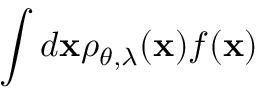
\int d \mathbf { x } \rho _ { \theta , \lambda } ( \mathbf { x } ) f ( \mathbf { x } )